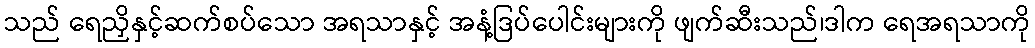
သည် ရေညှိနှင့်ဆက်စပ်သော အရသာနှင့် အနံ့ဒြပ်ပေါင်းများကို ဖျက်ဆီးသည်၊ဒါက ရေအရသာကို